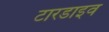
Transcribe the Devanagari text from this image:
टारडाइव